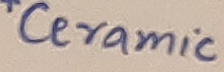
Text: *Ceramic